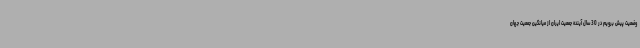
وضعیت پیش برویم در 30 سال آینده جمعیت ایران از میانگین جمعیت جهان